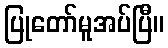
ပြုတော်မူအပ်ပြီ။